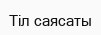
Тіл саясаты